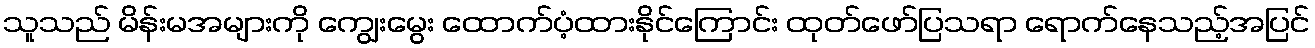
သူသည် မိန်းမအများကို ကျွေးမွေး ထောက်ပံ့ထားနိုင်ကြောင်း ထုတ်ဖော်ပြသရာ ရောက်နေသည့်အပြင်